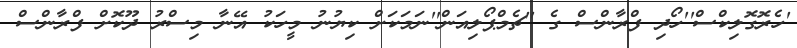
'ހެރޮގޮލިކްސް''ހޯދި ފްރާންސް ގެ ''ޗެމްޕޯލިއަން''ނަމަކަށް ކިޔުނު މީހަކު އޭނާ މިސްރު ދޫކޮށް ފްރާންސް